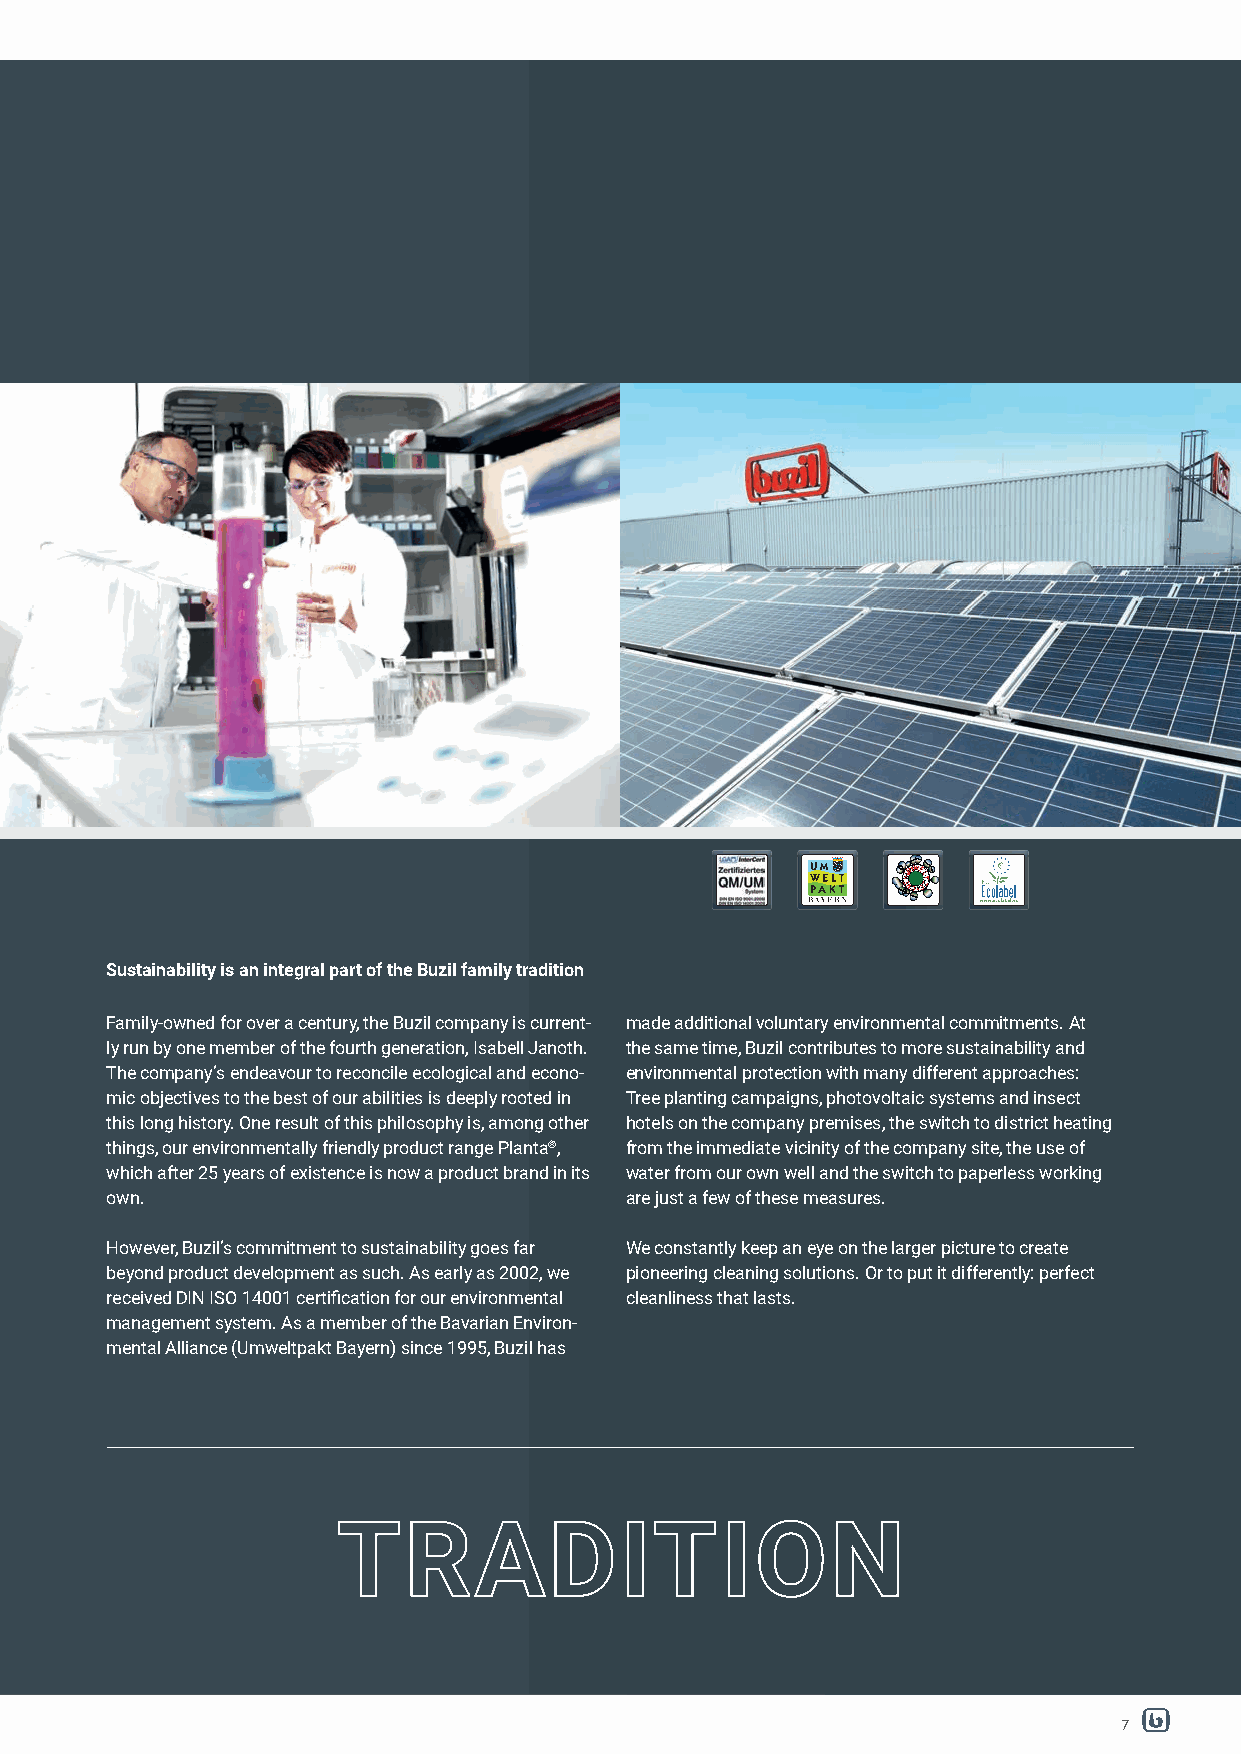
Sustainability is an integral part of the Buzil family tradition
 Family-owned for over a century, the Buzil company is current- made additional voluntary environmental commitments. At
 ly run by one member of the fourth generation, Isabell Janoth. the same time, Buzil contributes to more sustainability and
 The company‘s endeavour to reconcile ecological and econo- environmental protection with many different approaches:
 mic objectives to the best of our abilities is deeply rooted in Tree planting campaigns, photovoltaic systems and insect
 this long history. One result of this philosophy is, among other hotels on the company premises, the switch to district heating
 things, our environmentally friendly product range Planta®, from the immediate vicinity of the company site, the use of
 which after 25 years of existence is now a product brand in its water from our own well and the switch to paperless working
 own.                              are just a few of these measures.
 However, Buzil‘s commitment to sustainability goes far We constantly keep an eye on the larger picture to create
 beyond product development as such. As early as 2002, we pioneering cleaning solutions. Or to put it differently: perfect
 received DIN ISO 14001 certifi cation for our environmental cleanliness that lasts.
 management system. As a member of the Bavarian Environ-
 mental Alliance (Umweltpakt Bayern) since 1995, Buzil has
 7